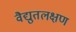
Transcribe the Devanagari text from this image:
वैद्युतलक्षण